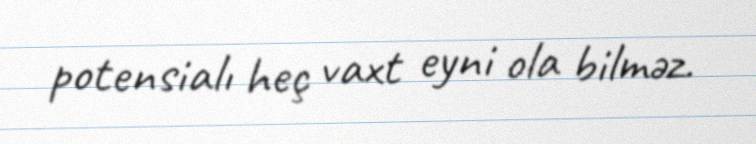
potensialı heç vaxt eyni ola bilməz.